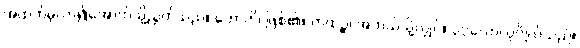
အထက်မှလာ၍အောက်သို့ညွတ်သည်။ ဟောတိ၊ ဖြစ်၏။ ကထဉ္စ၊ အဘယ်သို့လျှင်။ ပုဂ္ဂလော၊ ပုဂ္ဂိုလ်သည်။